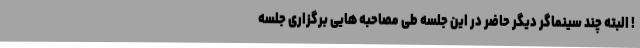
! البته چند سینماگر دیگر حاضر در این جلسه طی مصاحبه هایی برگزاری جلسه